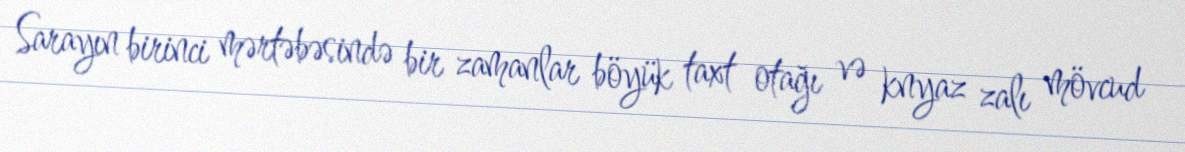
Sarayın birinci mərtəbəsində bir zamanlar böyük taxt otağı və knyaz zalı mövcud